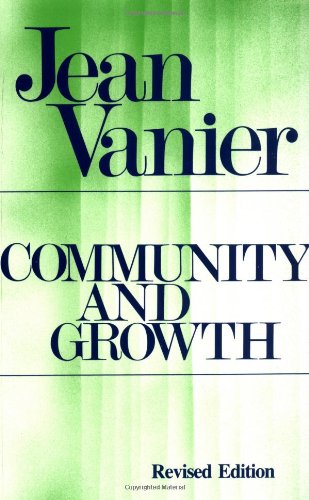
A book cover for Community and Growth; Jean Vanier; Christian Books & Bibles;